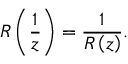
R \left( \frac { 1 } { z } \right) = \frac { 1 } { R \left( z \right) } .